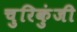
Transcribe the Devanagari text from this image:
चुरिकुंजी